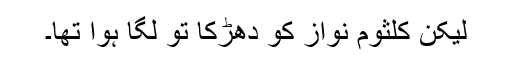
لیکن کلثوم نواز کو دھڑکا تو لگا ہوا تھا۔